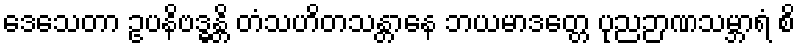
ဒေသေတာ ဥပနိဗဒ္ဓန္တိ တံသဟိတသန္တာနေ ဘယမာဒတ္တေ ပုညဉာဏသမ္ဘာရံ စိ